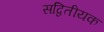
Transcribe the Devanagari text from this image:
सद्वितीयक